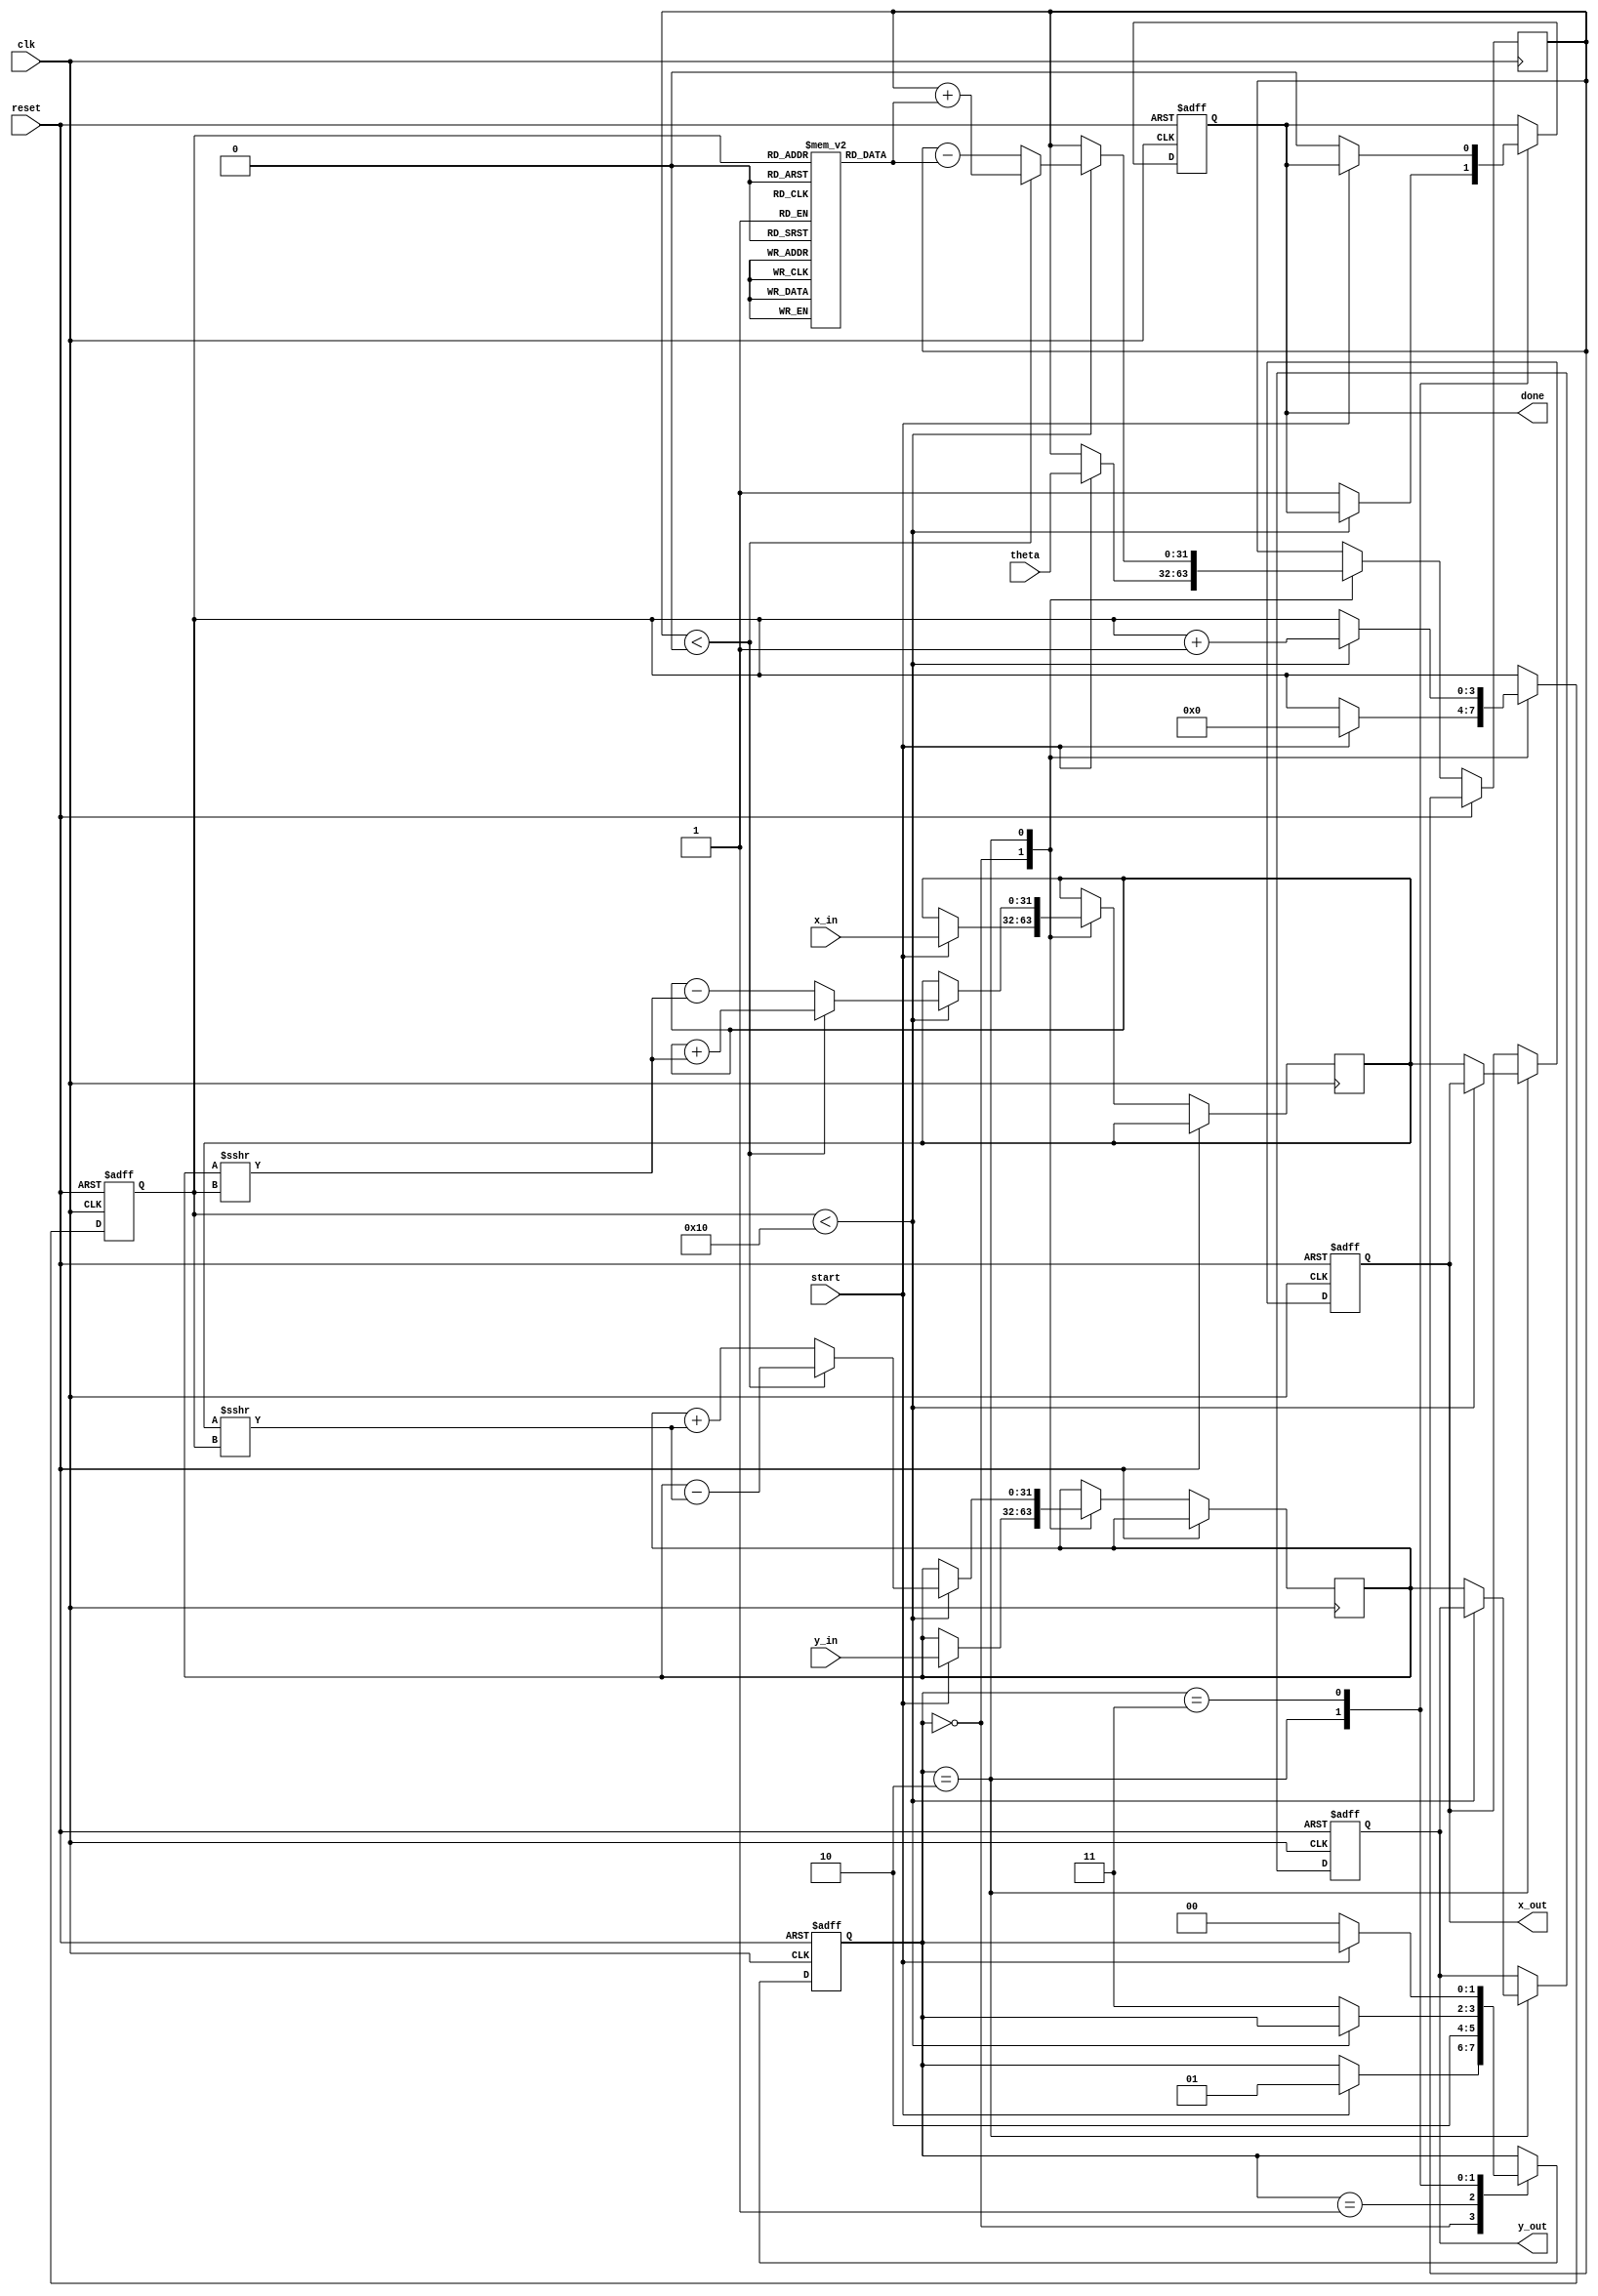
module cordic(
    input wire [31:0] theta,      // Input angle in radians (fixed-point)
    input wire signed [31:0] x_in, // Input x-coordinate
    input wire signed [31:0] y_in, // Input y-coordinate
    input wire start,              // Signal to start computation
    input wire clk,                // Clock
    input wire reset,              // Asynchronous reset
    output reg signed [31:0] x_out, // Output x-coordinate
    output reg signed [31:0] y_out, // Output y-coordinate
    output reg done                // Computation complete indicator
);

    localparam NUM_ITERATIONS = 16; // Number of CORDIC iterations
    localparam ANGLE_TABLE_WIDTH = 32; // Adjust width as necessary
    reg signed [31:0] angle_table [0:NUM_ITERATIONS-1];
    reg signed [31:0] x_reg, y_reg, theta_reg;
    reg [3:0] iteration_count = 0;
    reg [1:0] state;

    // Initialize the angle table
    initial begin
        angle_table[0] = 32'h00000000; // atan(2^0)
        angle_table[1] = 32'h3F990FDB; // atan(2^-1)
        angle_table[2] = 32'h3F7A5B7C; // atan(2^-2)
        angle_table[3] = 32'h3F25C52E; // atan(2^-3)
        angle_table[4] = 32'h3EFBF1F7; // atan(2^-4)
        angle_table[5] = 32'h3E6D8D4E; // atan(2^-5)
        angle_table[6] = 32'h3D9F7B22; // atan(2^-6)
        angle_table[7] = 32'h3C8D1DAB; // atan(2^-7)
        angle_table[8] = 32'h3A73A69E; // atan(2^-8)
        angle_table[9] = 32'h38E0A0E6; // atan(2^-9)
        angle_table[10] = 32'h3556E66B; // atan(2^-10)
        angle_table[11] = 32'h331A23CB; // atan(2^-11)
        angle_table[12] = 32'h2C7A1A66; // atan(2^-12)
        angle_table[13] = 32'h24C4EBBB; // atan(2^-13)
        angle_table[14] = 32'h1D0B2162; // atan(2^-14)
        angle_table[15] = 32'h1705E66F; // atan(2^-15)
    end

    // State machine states
    localparam IDLE = 2'b00;
    localparam INIT = 2'b01;
    localparam ITERATE = 2'b10;
    localparam DONE = 2'b11;

    always @(posedge clk or posedge reset) begin
        if (reset) begin
            // Reset all outputs and registers
            x_out <= 0;
            y_out <= 0;
            done <= 0;
            iteration_count <= 0;
            state <= IDLE;
        end
        else begin
            case (state)
                IDLE: begin
                    if (start) begin
                        // Initialize on start signal
                        x_reg <= x_in;
                        y_reg <= y_in;
                        theta_reg <= theta;
                        iteration_count <= 0;
                        state <= INIT;
                    end
                end

                INIT: begin
                    // Transition to ITERATE state
                    state <= ITERATE;
                end

                ITERATE: begin
                    if (iteration_count < NUM_ITERATIONS) begin
                        // Rotation logic
                        if (theta_reg < 0) begin
                            // Clockwise rotation
                            x_reg <= x_reg + (y_reg >>> iteration_count);
                            y_reg <= y_reg - (x_reg >>> iteration_count);
                            theta_reg <= theta_reg + angle_table[iteration_count];
                        end else begin
                            // Counterclockwise rotation
                            x_reg <= x_reg - (y_reg >>> iteration_count);
                            y_reg <= y_reg + (x_reg >>> iteration_count);
                            theta_reg <= theta_reg - angle_table[iteration_count];
                        end
                        iteration_count <= iteration_count + 1;
                    end else begin
                        // Finished all iterations
                        x_out <= x_reg;
                        y_out <= y_reg;
                        done <= 1;
                        state <= DONE;
                    end
                end

                DONE: begin
                    // Stay in DONE state
                    if (!start) begin
                        // Clear done status when asked to restart
                        done <= 0;
                        state <= IDLE;
                    end
                end
            endcase
        end
    end

endmodule